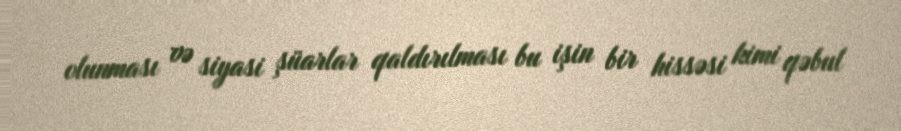
olunması və siyasi şüarlar qaldırılması bu işin bir hissəsi kimi qəbul